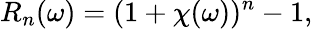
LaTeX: R_{n}(\omega)=(1+\chi(\omega))^{n}-1,